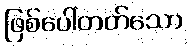
ဖြစ်ပေါ်တတ်သော